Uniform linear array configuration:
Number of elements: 12
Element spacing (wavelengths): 1
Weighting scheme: exponential
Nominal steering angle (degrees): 45
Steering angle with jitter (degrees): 43.787
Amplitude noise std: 0.05
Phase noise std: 0.05

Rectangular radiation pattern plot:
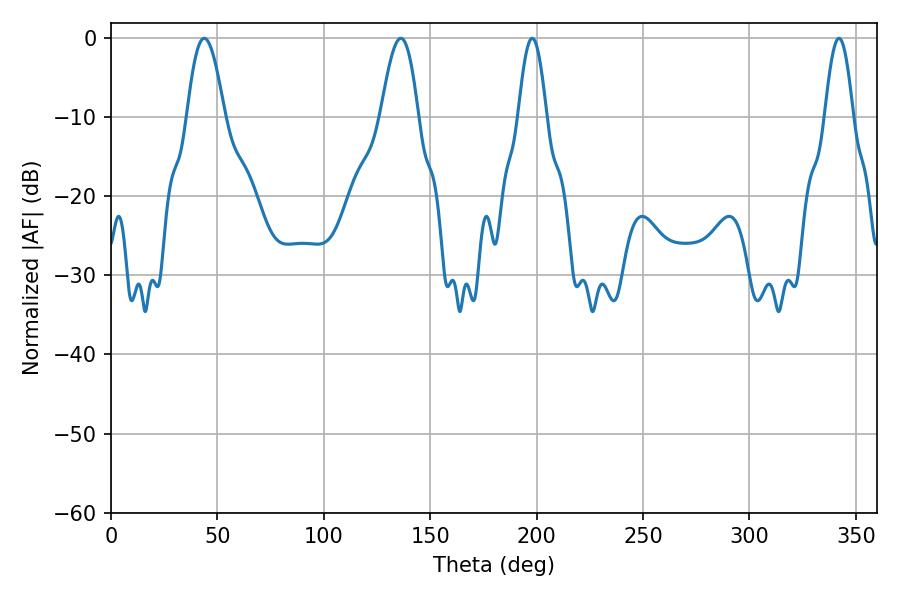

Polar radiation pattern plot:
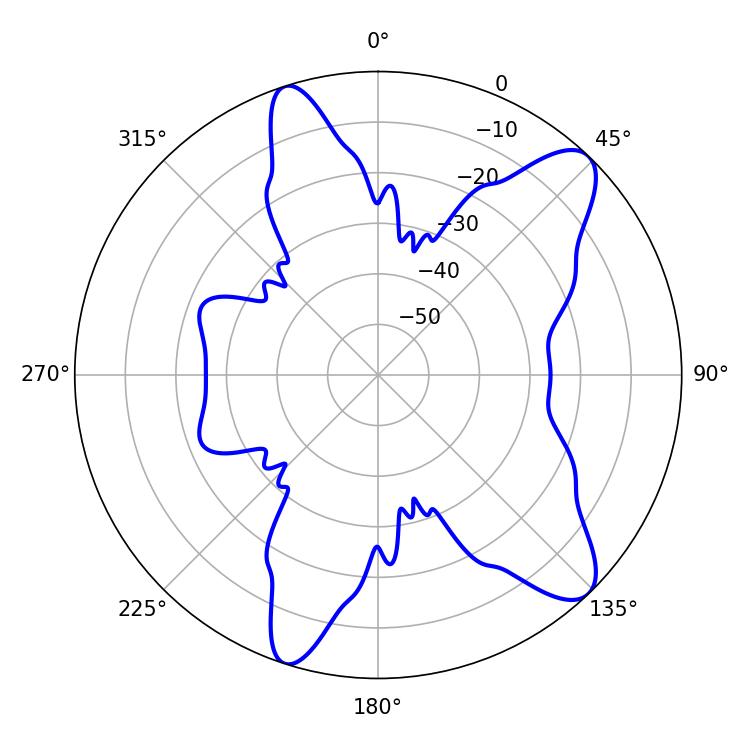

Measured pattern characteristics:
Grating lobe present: TRUE
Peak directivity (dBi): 10.482
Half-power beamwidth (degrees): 9.54
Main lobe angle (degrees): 43.74